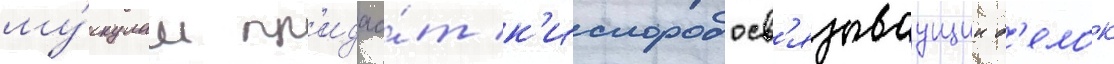
му́скулам пр'идао́т к'ислородосв'язываущии б'елок